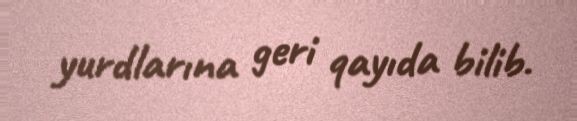
yurdlarına geri qayıda bilib.